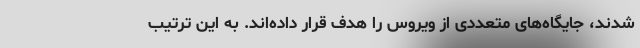
شدند، جایگاه‌های متعددی از ویروس را هدف قرار داده‌اند. به این ترتیب